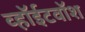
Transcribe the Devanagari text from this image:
व्हॉईटवॉश